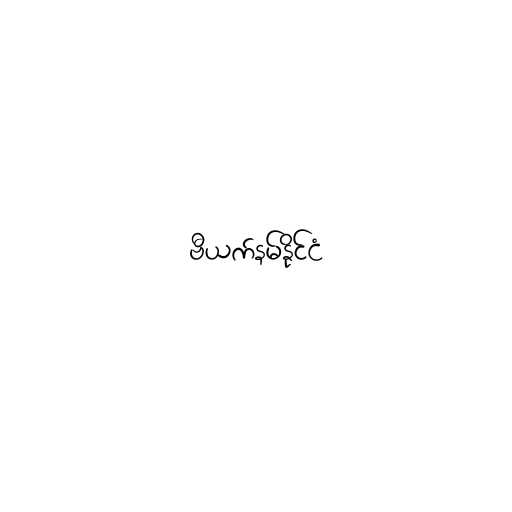
ဗီယက်နမ်နိုင်ငံ